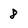
Character: 8